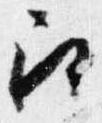
召